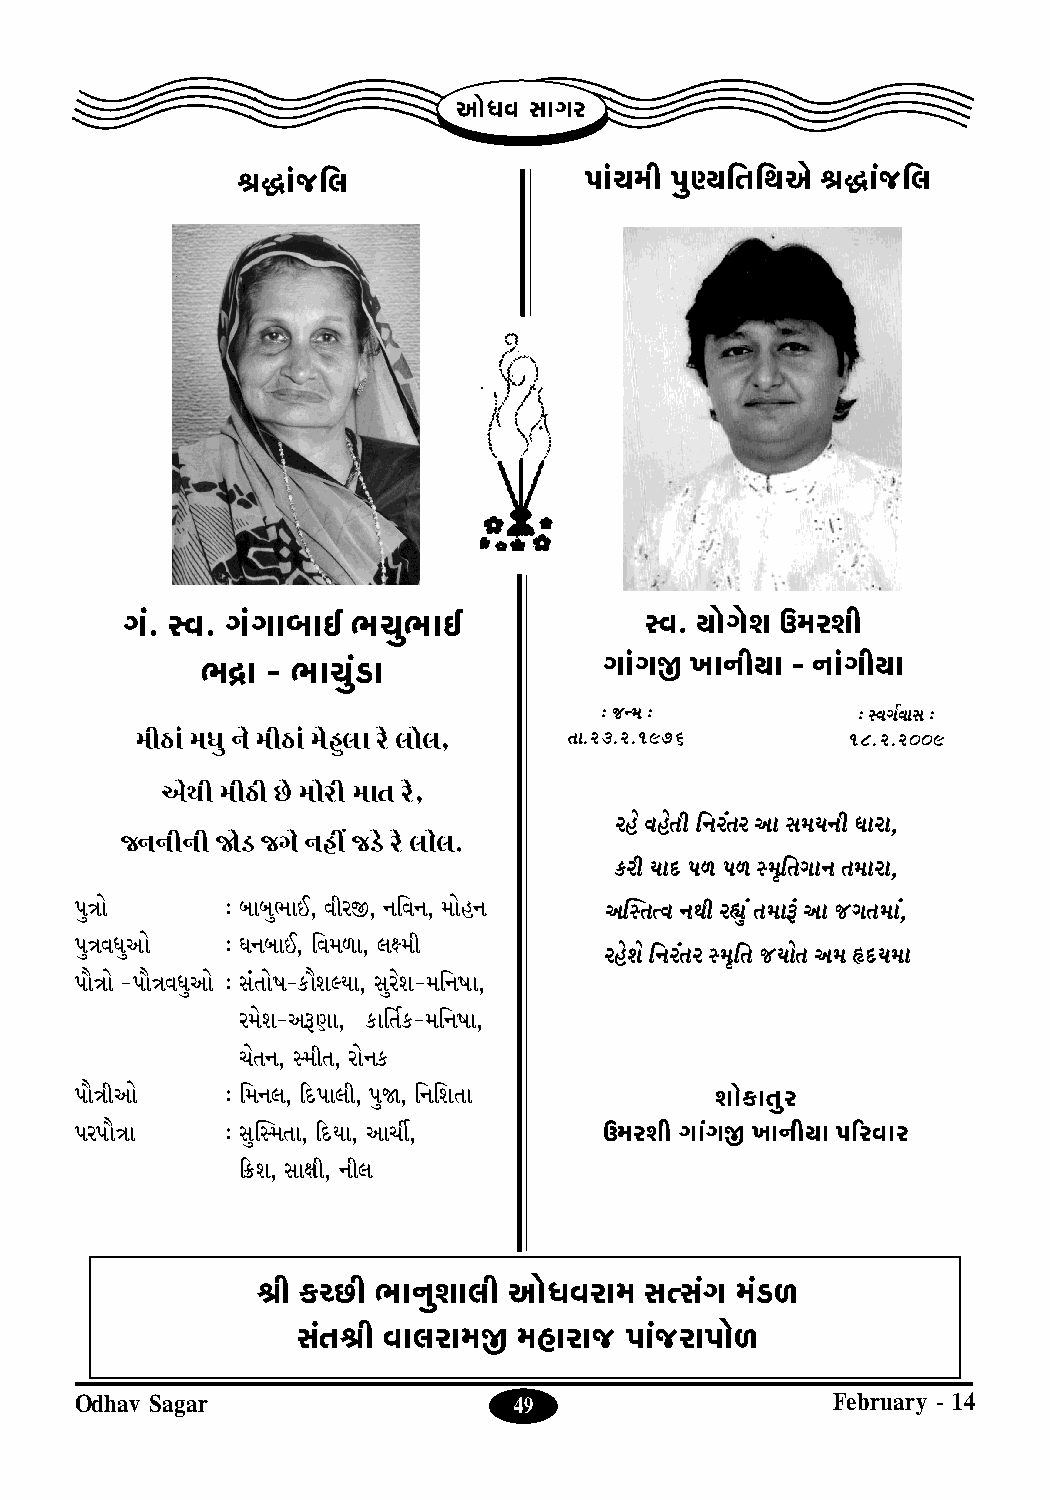
Ap°^h kpNf
 ÓŸp¨S>rg               `p¨Qdu `yŒer[r\A° ÓŸp¨S>rg
 N¨. ıh. N¨NpbpC cQycpC             ıh. ep°N°i Ddfiu
 c÷p  - cpQy¨X$p            Np¨N∆ Mp_uep - _p¨Nuep
 : S>fid :        : ıhNÆhpk :
 duW$p¨ d^y _° duW$p¨ d°lzgp f° gp°g, [p.23.2.1976 18.2.2009
 A°\u duW$u R>° dp°fu dp[ f°,
 fl° hl°[u r_f¨[f Ap kde_u ^pfp,
 S>__u_u ≈°X$ S>N° _lv S>X°$ f° gp°g.
 L$fu ep]$ `m `m ıd©r[Np_ [dpfp,
 `y”p°     : bpbycpC, huf∆, _rh_, dp°l_ Ası[–h _\u f¸y¨ [dpÍ¨$ Ap S>N[dp¨,
 `y”h^yAp° : O_bpC, rhdmp, gˇdu
 fl°i° r_f¨[f ıd©r[ S>ep°[ Ad ˘]$edp
 `p•”p° -`p•”h^yAp° : k¨[p°j-L$p•iÎep, kyf°i-dr_jp,
 fd°i-AÍ$Zp, L$pr[ÆL$-dr_jp,
 Q°[_, ıdu[, fp°_L$
 `p•”uAp°  : rd_g, q]$`pgu, `y≈, r_ri[p    ip°L$p[yf
 `f`p•”p   : kysıd[p, q]$ep, ApQw,  Ddfiu Np¨N∆ Mp_uep `qfhpf
 qæ$i, kpnu, _ug
 Óu L$√R>u cp_yipgu Ap°^hfpd k–k¨N d¨X$m
 k¨[Óu hpgfpd∆ dlpfpS> `p¨S>fp`p°m
 Odhav Sagar                  49                   February - 14